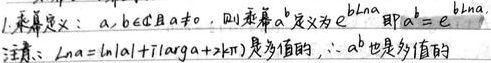
1. 乘幂定义：$a,b\in\mathbb{C}$且$a\neq0$，则乘幂$a^b$定义为$e^{b\ln a}$即$a^b = e^{b\ln a}$。

注意：$\ln a = \ln|a| + i\mathrm{arg}a + 2k\pi i$（$k$是整值的），$\therefore a^b$也是多值的。